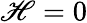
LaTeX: \mathscr{H}=0